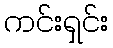
ကင်းရှင်း